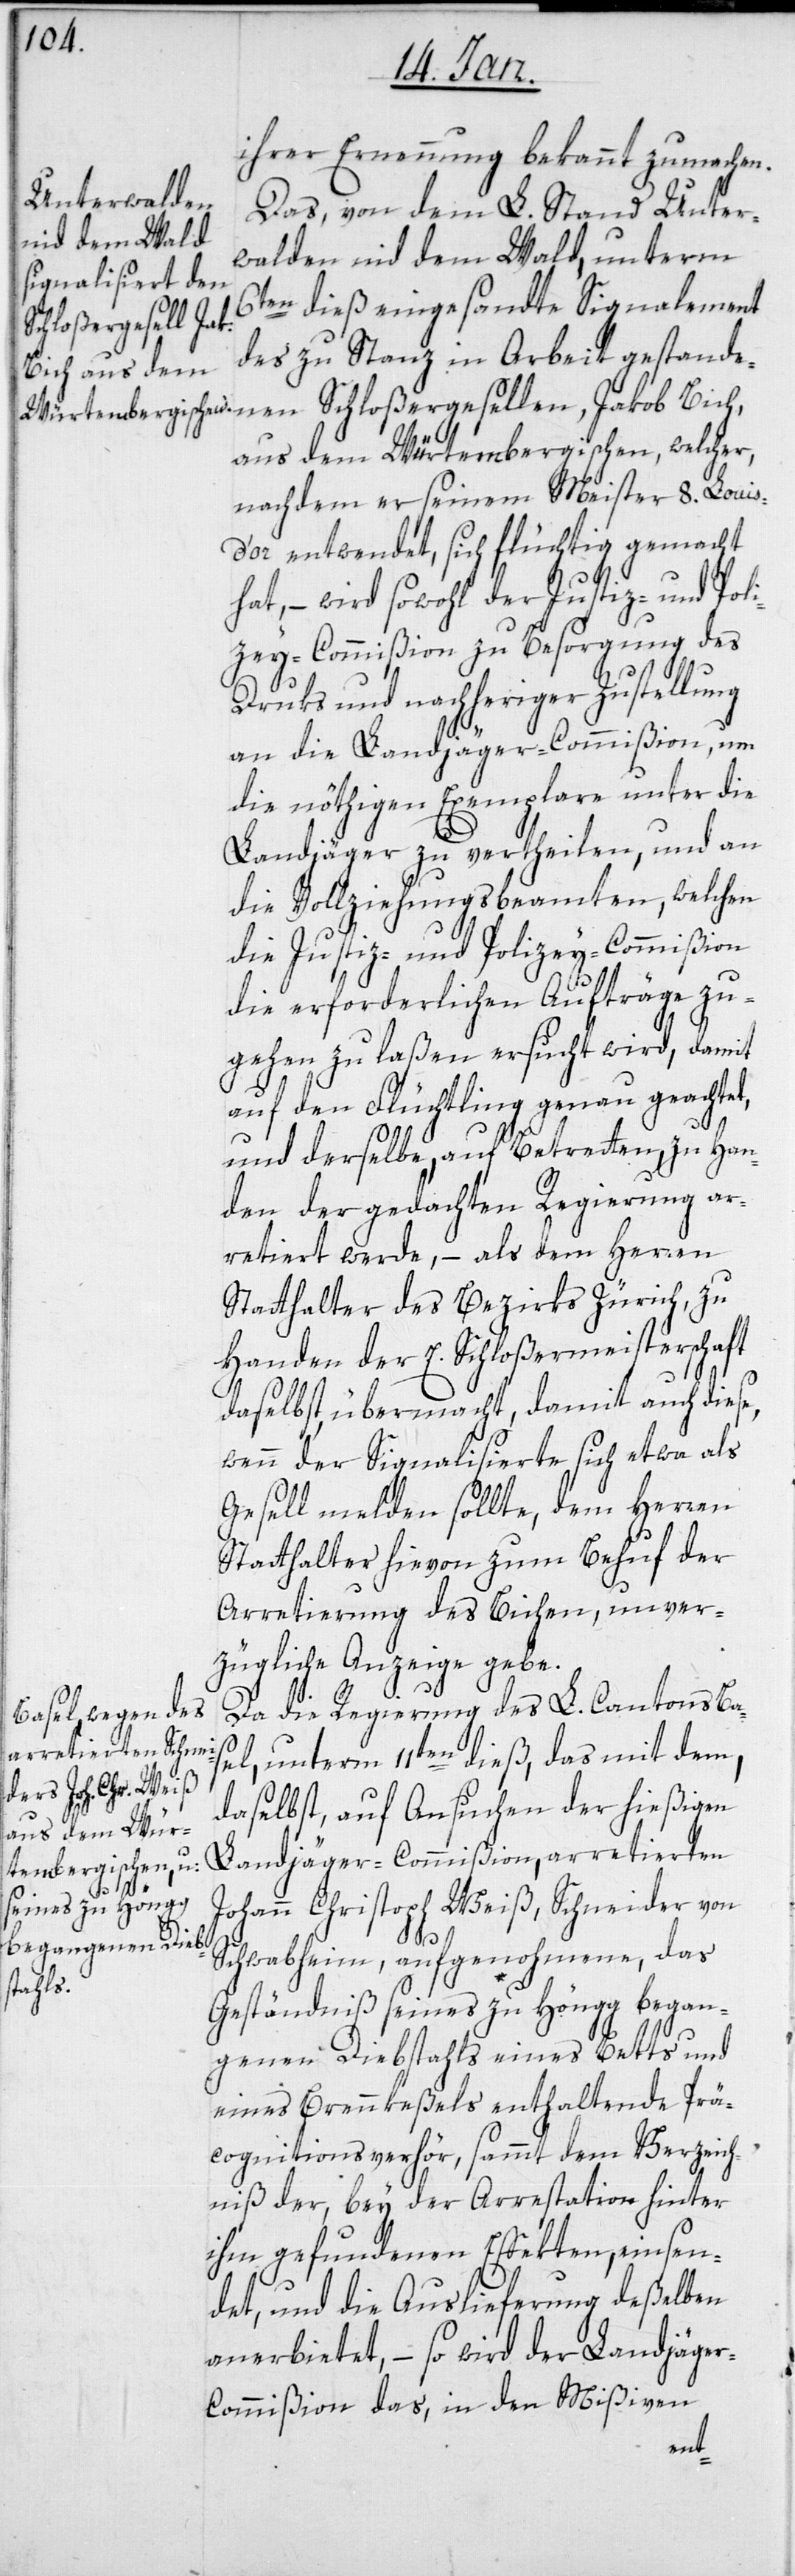
ihrer Ernennung bekannt zu machen.
Das, von dem L. Stand Unter¬
walden nid dem Wald, unterm
6ten dieß eingesandte Signalement
Schloßergesellen,
des zu Stanz in Arbeit gestanden¬
aus dem Würtembergischen, welcher,
nachdem er seinem Meister 8. Louis¬
d’or entwendet, sich flüchtig gemacht
hat, – wird sowohl der Justiz- und Poli¬
zey-Commißion zu Besorgung des
Druks und nachheriger Zustellung
an die Landjäger-Commißion, um
die nöthigen Exemplare unter die
Landjäger zu vertheilen, und an
die Vollziehungsbeamten, welchen
die Justiz- und Polizey-Commißion
die erforderlichen Aufträge zu¬
gehen zu laßen ersucht wird, damit
auf den Flüchtling genau geachtet,
und derselbe, auf Betretten, zu Han¬
den der gedachten Regierung ar¬
retiert werde, – als dem Herren
Statthalter des Bezirks Zürich, zu
Handen der E. Schloßermeisterschaft
daselbst, übermacht, damit auch diese,
wenn der Signalisierte sich etwa als
Gesell melden sollte, dem Herren
Statthalter hievon zum Behuf der
Arretierung des Bichen, unver¬
zügliche Anzeige gebe.
Da die Regierung des L. Cantons Ba¬
sel, unterm 11ten dieß, daß mit dem,
daselbst, auf Ansuchen der hießigen
Landjäger-Commißion, arretierten
Johann Christoph Weiß, Schneider von
Schwabheim, aufgenohmene, das
Geständniß seines zu Höngg began¬
genen Diebstahls eines Betts und
eines Brennkeßels enthaltende Prä¬
cognitionsverhör, sammt dem Verzeich¬
niß der, bey der Arrestation hinter
ihm gefundenen Effekten, einsen¬
det, und die Auslieferung deßelben
anerbietet, – so wird der Landjäge¬
r-Commißion das, in den Mißiven
en